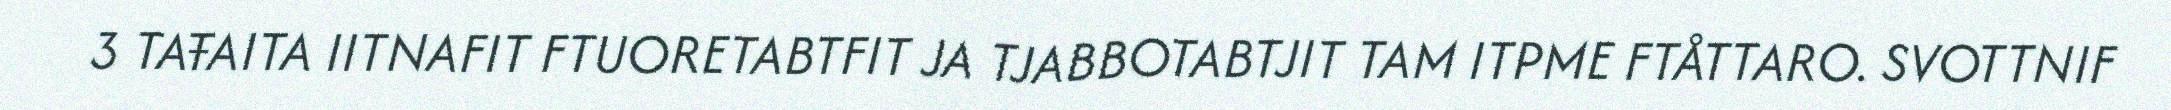
3 TAŦAITA IITNAFIT FTUORETABTFIT JA TJABBOTABTJIT TAM ITPME FTÅTTARO. SVOTTNIF